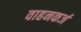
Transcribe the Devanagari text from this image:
वाहनकर्ज